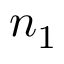
n _ { 1 }